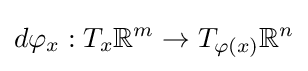
d\varphi _{x}:T_{x}\mathbb {R} ^{m}\to T_{\varphi (x)}\mathbb {R} ^{n}